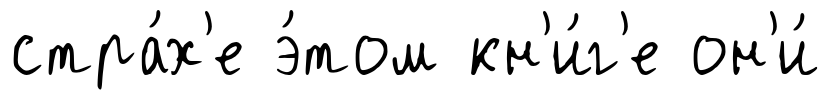
стра́х'е э́том кн'и́г'е он'и́